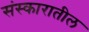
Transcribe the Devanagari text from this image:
संस्कारातील